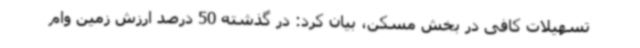
تسهیلات کافی در بخش مسکن، بیان کرد: در گذشته 50 درصد ارزش زمین وام